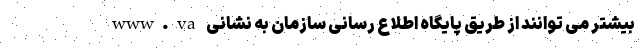
بیشتر می توانند از طریق پایگاه اطلاع رسانی سازمان به نشانی www.va